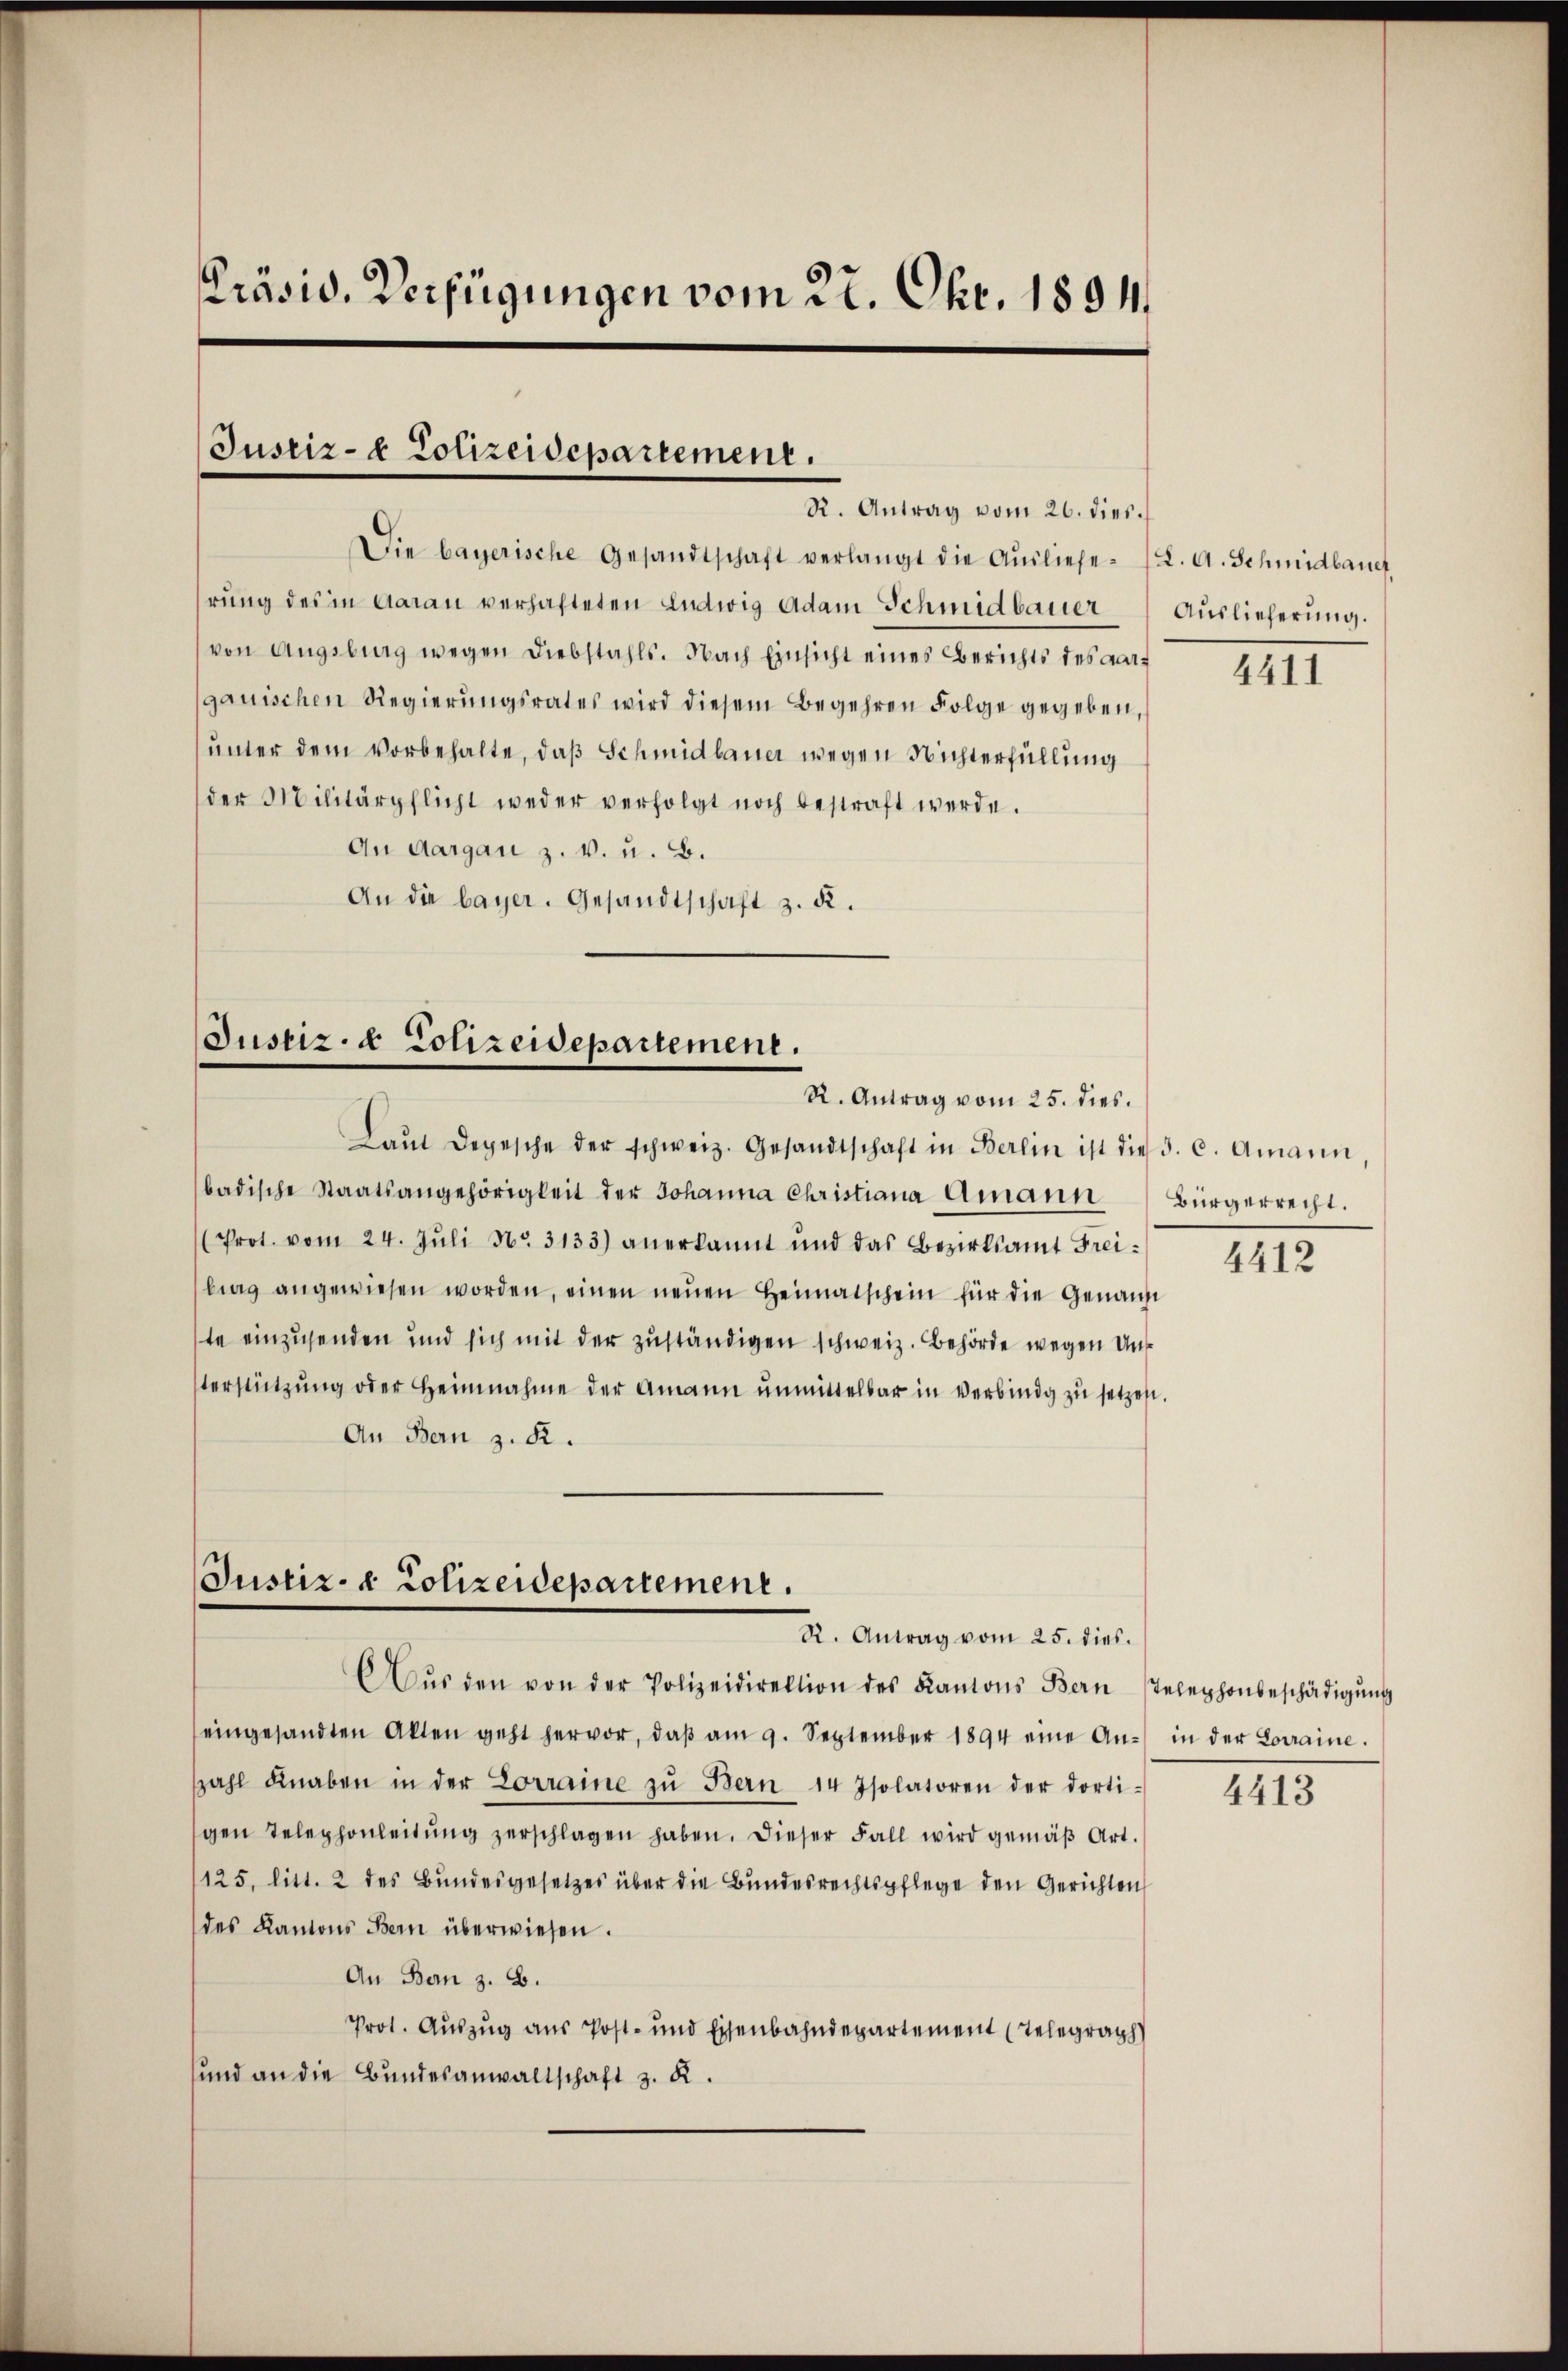
Präsid. Verfügungen vom 22. Okt. 1894.

Justiz- & Polizeidepartement.
R. Antrag vom 26. dies

Die bayerische Gesandtschaft verlangt die Aŭsliefe (2. A. Schmidbauet
rung des in Aarau verhafteten Ludwig Adam Schmidbauer
von Augsburg wegen Diebstahls. Nach Einsicht eines Berichts des Aargauischen Regierŭngsrates wird diesem Begehren Folge gegeben,
unter dem vorbehalte, daß Schmidlauer wegen Nichterfüllung
der Militärpflicht weder verfolgt noch bestraft werde.
An Aargau z. v. u. B.
An die bayer. Gesandtschaft z. d.

Justiz- & Polizeidepartement.
R. Antrag vom 25. dies.

Laŭt Depesche der schweiz. Gesandtschaft in Berlin ist die 3. c. Amann,
badische Staatsangehörigkeit der Johanna Christiana Amann Bürgerrecht.
(Prot. vom 24. Jŭli Nr. 3133) anerkannt und das Bezirksamt Freibing angewiesen worden, einen neŭen Heimatschein für die Genaui
te einzusenden und sich mit der zuständigen schweiz. Behörde wegen Unterstützŭng oder Heinnahme der Amann ŭnmittelbar in verbindg zŭ setzes.
An Bern z. R.

Justiz- & Polizeidepartement.
R. Antrag vom 25. dies

Aŭs den von der Polizeidirektion des Kantons Bern Telephonbeschädigŭng
eingesandten Akten geht hervor, daβ am 9. September 1894 eine An- in der Lorraine.
szahl Knaben in der Lorraine zu Bern 14 Isolatoren der dortigen Telephonleitŭng zerschlagen haben. Dieser Fall wird gemäβ Art.
1125, litt. 2 des Bundesgesetzes über die Bundesrechtspflege den Gerichten
des Kantons Bern überwiesen.
An Bern z. B.
Prot. Auszug aus Post- und Eisenbahndepartement (Telegraph
und an die Bundesanwaltschaft z. R.

Auslieferung.

4411

4412

4413